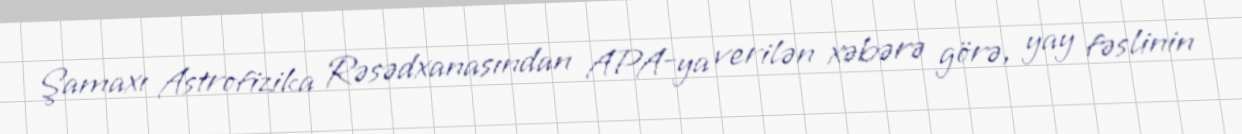
Şamaxı Astrofizika Rəsədxanasından APA-ya verilən xəbərə görə, yay fəslinin